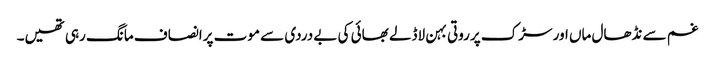
غم سے نڈھال ماں اور سڑک پرروتی بہن لاڈلے بھائی کی بے دردی سے موت پرانصاف مانگ رہی تھیں۔